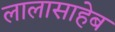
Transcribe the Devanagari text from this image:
लालासाहेब